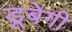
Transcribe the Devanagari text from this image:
डूबेगी